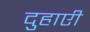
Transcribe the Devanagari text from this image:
दुहाएी